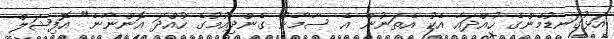
އަޅުގަނޑުމެންގެ ހުއްދައާ އެކު އެތަނުން އެ ސާމާނު ގެންދިއުމުގެ ހުއްދަ އޮންނާނެ" އޮފިޝަލް